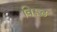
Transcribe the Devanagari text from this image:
विरूढ़